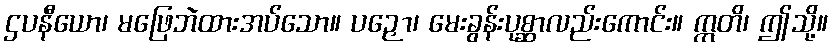
ဌပနီယော၊ မဖြေဘဲထားအပ်သော။ ပဉှော၊ မေးခွန်းပုစ္ဆာလည်းကောင်း။ ဣတိ၊ ဤသို့။